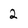
Character: 2